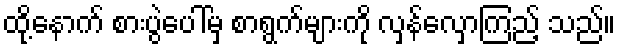
ထို့နောက် စားပွဲပေါ်မှ စာရွက်များကို လှန်လှောကြည့် သည်။